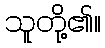
သူတို့၏။